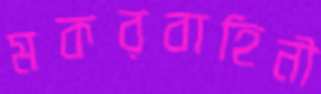
মকরবাহিনী